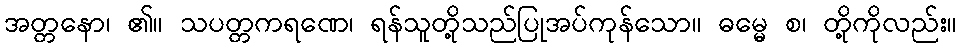
အတ္တနော၊ ၏။ သပတ္တကရဏေ၊ ရန်သူတို့သည်ပြုအပ်ကုန်သော။ ဓမ္မေ စ၊ တို့ကိုလည်း။